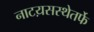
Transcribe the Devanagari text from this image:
नाटय़सस्थेतर्फे